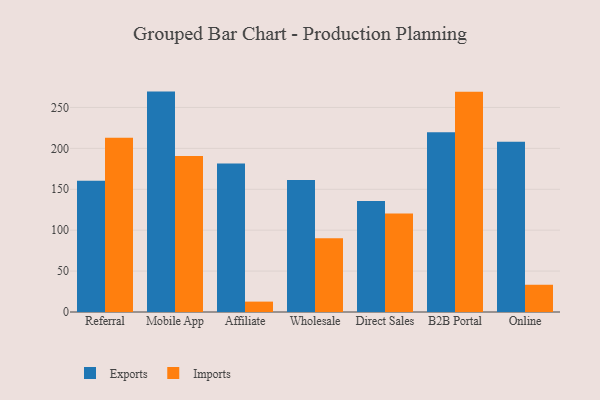
{"axis": {"x": "Channel", "y": "LTV (USD)"}, "legend": ["Exports", "Imports"], "data": [{"x": "Referral", "y": 160.5, "type": "Exports"}, {"x": "Referral", "y": 213.1, "type": "Imports"}, {"x": "Mobile App", "y": 269.4, "type": "Exports"}, {"x": "Mobile App", "y": 190.8, "type": "Imports"}, {"x": "Affiliate", "y": 181.4, "type": "Exports"}, {"x": "Affiliate", "y": 12.7, "type": "Imports"}, {"x": "Wholesale", "y": 161.2, "type": "Exports"}, {"x": "Wholesale", "y": 90.2, "type": "Imports"}, {"x": "Direct Sales", "y": 135.6, "type": "Exports"}, {"x": "Direct Sales", "y": 120.4, "type": "Imports"}, {"x": "B2B Portal", "y": 219.6, "type": "Exports"}, {"x": "B2B Portal", "y": 269.1, "type": "Imports"}, {"x": "Online", "y": 208.1, "type": "Exports"}, {"x": "Online", "y": 33.3, "type": "Imports"}]}